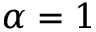
\alpha = 1